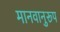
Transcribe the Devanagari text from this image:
मानवानुरूप